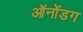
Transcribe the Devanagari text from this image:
ऑनोंडग